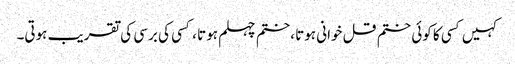
کہیں کسی کا کوئی ختم قل خوانی ہوتا ،ختم چہلم ہوتا ، کسی کی برسی کی تقریب ہوتی۔